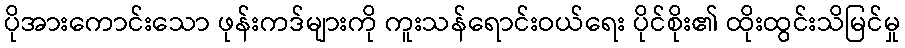
ပိုအားကောင်းသော ဖုန်းကဒ်များကို ကူးသန်ရောင်းဝယ်ရေး ပိုင်စိုး၏ ထိုးထွင်းသိမြင်မှု